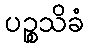
ပဉ္စသိခံ